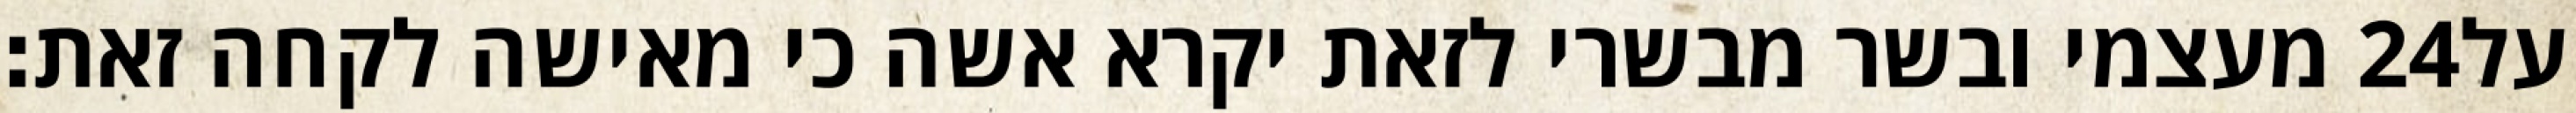
מעצמי ובשר מבשרי לזאת יקרא אשה כי מאישה לקחה זאת׃ ‎24‏ על